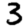
Digit: 3